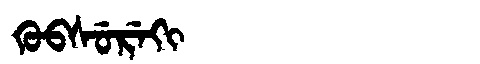
Manchu: ᡴᡠᠪᠰᡠᡵᡝᡴᡳ
Romanization: KUBSUREKI